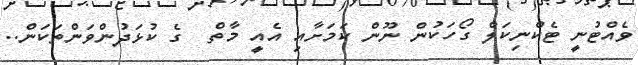
ވެއްޓުނީ ޓެކްނިކަލް ގޯހަކުން ނޫން ކަމަށާއި އެއީ މާތް  ގެ ކުޅަދުންވަންތަކަން..